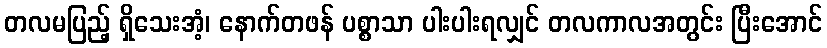
တလမပြည့် ရှိသေးအံ့၊ နောက်တဖန် ပစ္စာသာ ပါးပါးရလျှင် တလကာလအတွင်း ပြီးအောင်